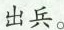
出兵。